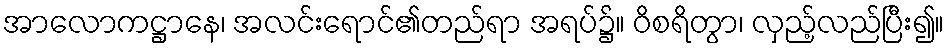
အာလောကဋ္ဌာနေ၊ အလင်းရောင်၏တည်ရာ အရပ်၌။ ဝိစရိတွာ၊ လှည့်လည်ပြီး၍။